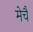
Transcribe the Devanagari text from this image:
मेचै